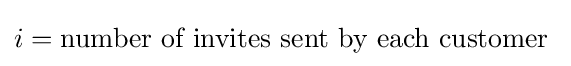
i={\text{number of invites sent by each customer }}